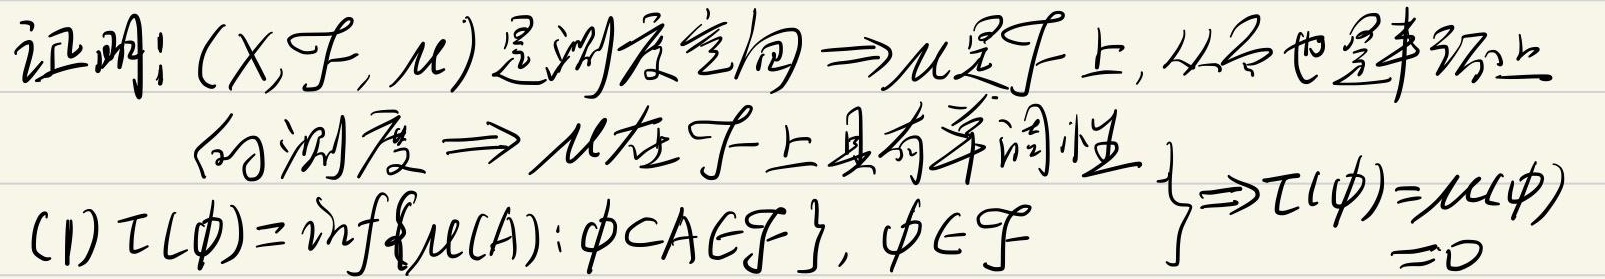
证明：\((X, \mathcal{F}, \mu)\)是测度空间\(\Rightarrow\mu\)是\(\mathcal{F}\)上，从而也是幂环上的测度\(\Rightarrow \mu\)在\(\mathcal{F}\)上具有单调性。
(1) 设\(\tau(\phi)=\inf\{\mu(A): \phi\subset A\in\mathcal{F}\}, \phi\in\mathcal{F}\) ，则\(\left.\begin{array}{l} \\ \ \end{array}\right\}\Rightarrow\tau(\phi)=\mu(\phi)=0\)